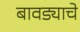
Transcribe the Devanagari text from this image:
बावड्याचे